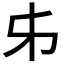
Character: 𠂔